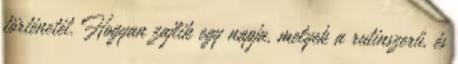
történetét. Hogyan zajlik egy napja, melyek a rutinszerű, és